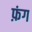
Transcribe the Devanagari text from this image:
फ़ंग